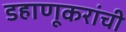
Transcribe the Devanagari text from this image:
डहाणूकरांची